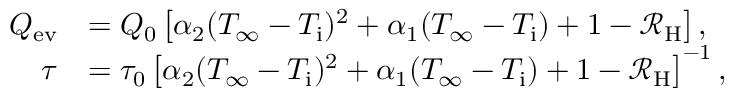
\begin{array} { r l } { Q _ { \mathrm { e v } } } & { = Q _ { 0 } \left[ \alpha _ { 2 } ( T _ { \infty } - T _ { \mathrm { i } } ) ^ { 2 } + \alpha _ { 1 } ( T _ { \infty } - T _ { \mathrm { i } } ) + 1 - \mathcal { R } _ { \mathrm { H } } \right] , } \\ { \tau } & { = \tau _ { 0 } \left[ \alpha _ { 2 } ( T _ { \infty } - T _ { \mathrm { i } } ) ^ { 2 } + \alpha _ { 1 } ( T _ { \infty } - T _ { \mathrm { i } } ) + 1 - \mathcal { R } _ { \mathrm { H } } \right] ^ { - 1 } , } \end{array}